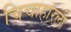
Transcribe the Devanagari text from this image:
चिचाहारली